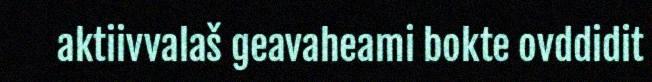
aktiivvalaš geavaheami bokte ovddidit